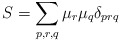
\begin{align*}S = \sum_{p,r,q} \mu_r \mu_q \delta_{prq}\end{align*}